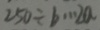
2 5 0 \div b \cdots 2 a